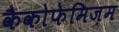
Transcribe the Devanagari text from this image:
कैकोफेमिज़म